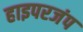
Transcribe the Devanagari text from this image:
हाइपरजंप